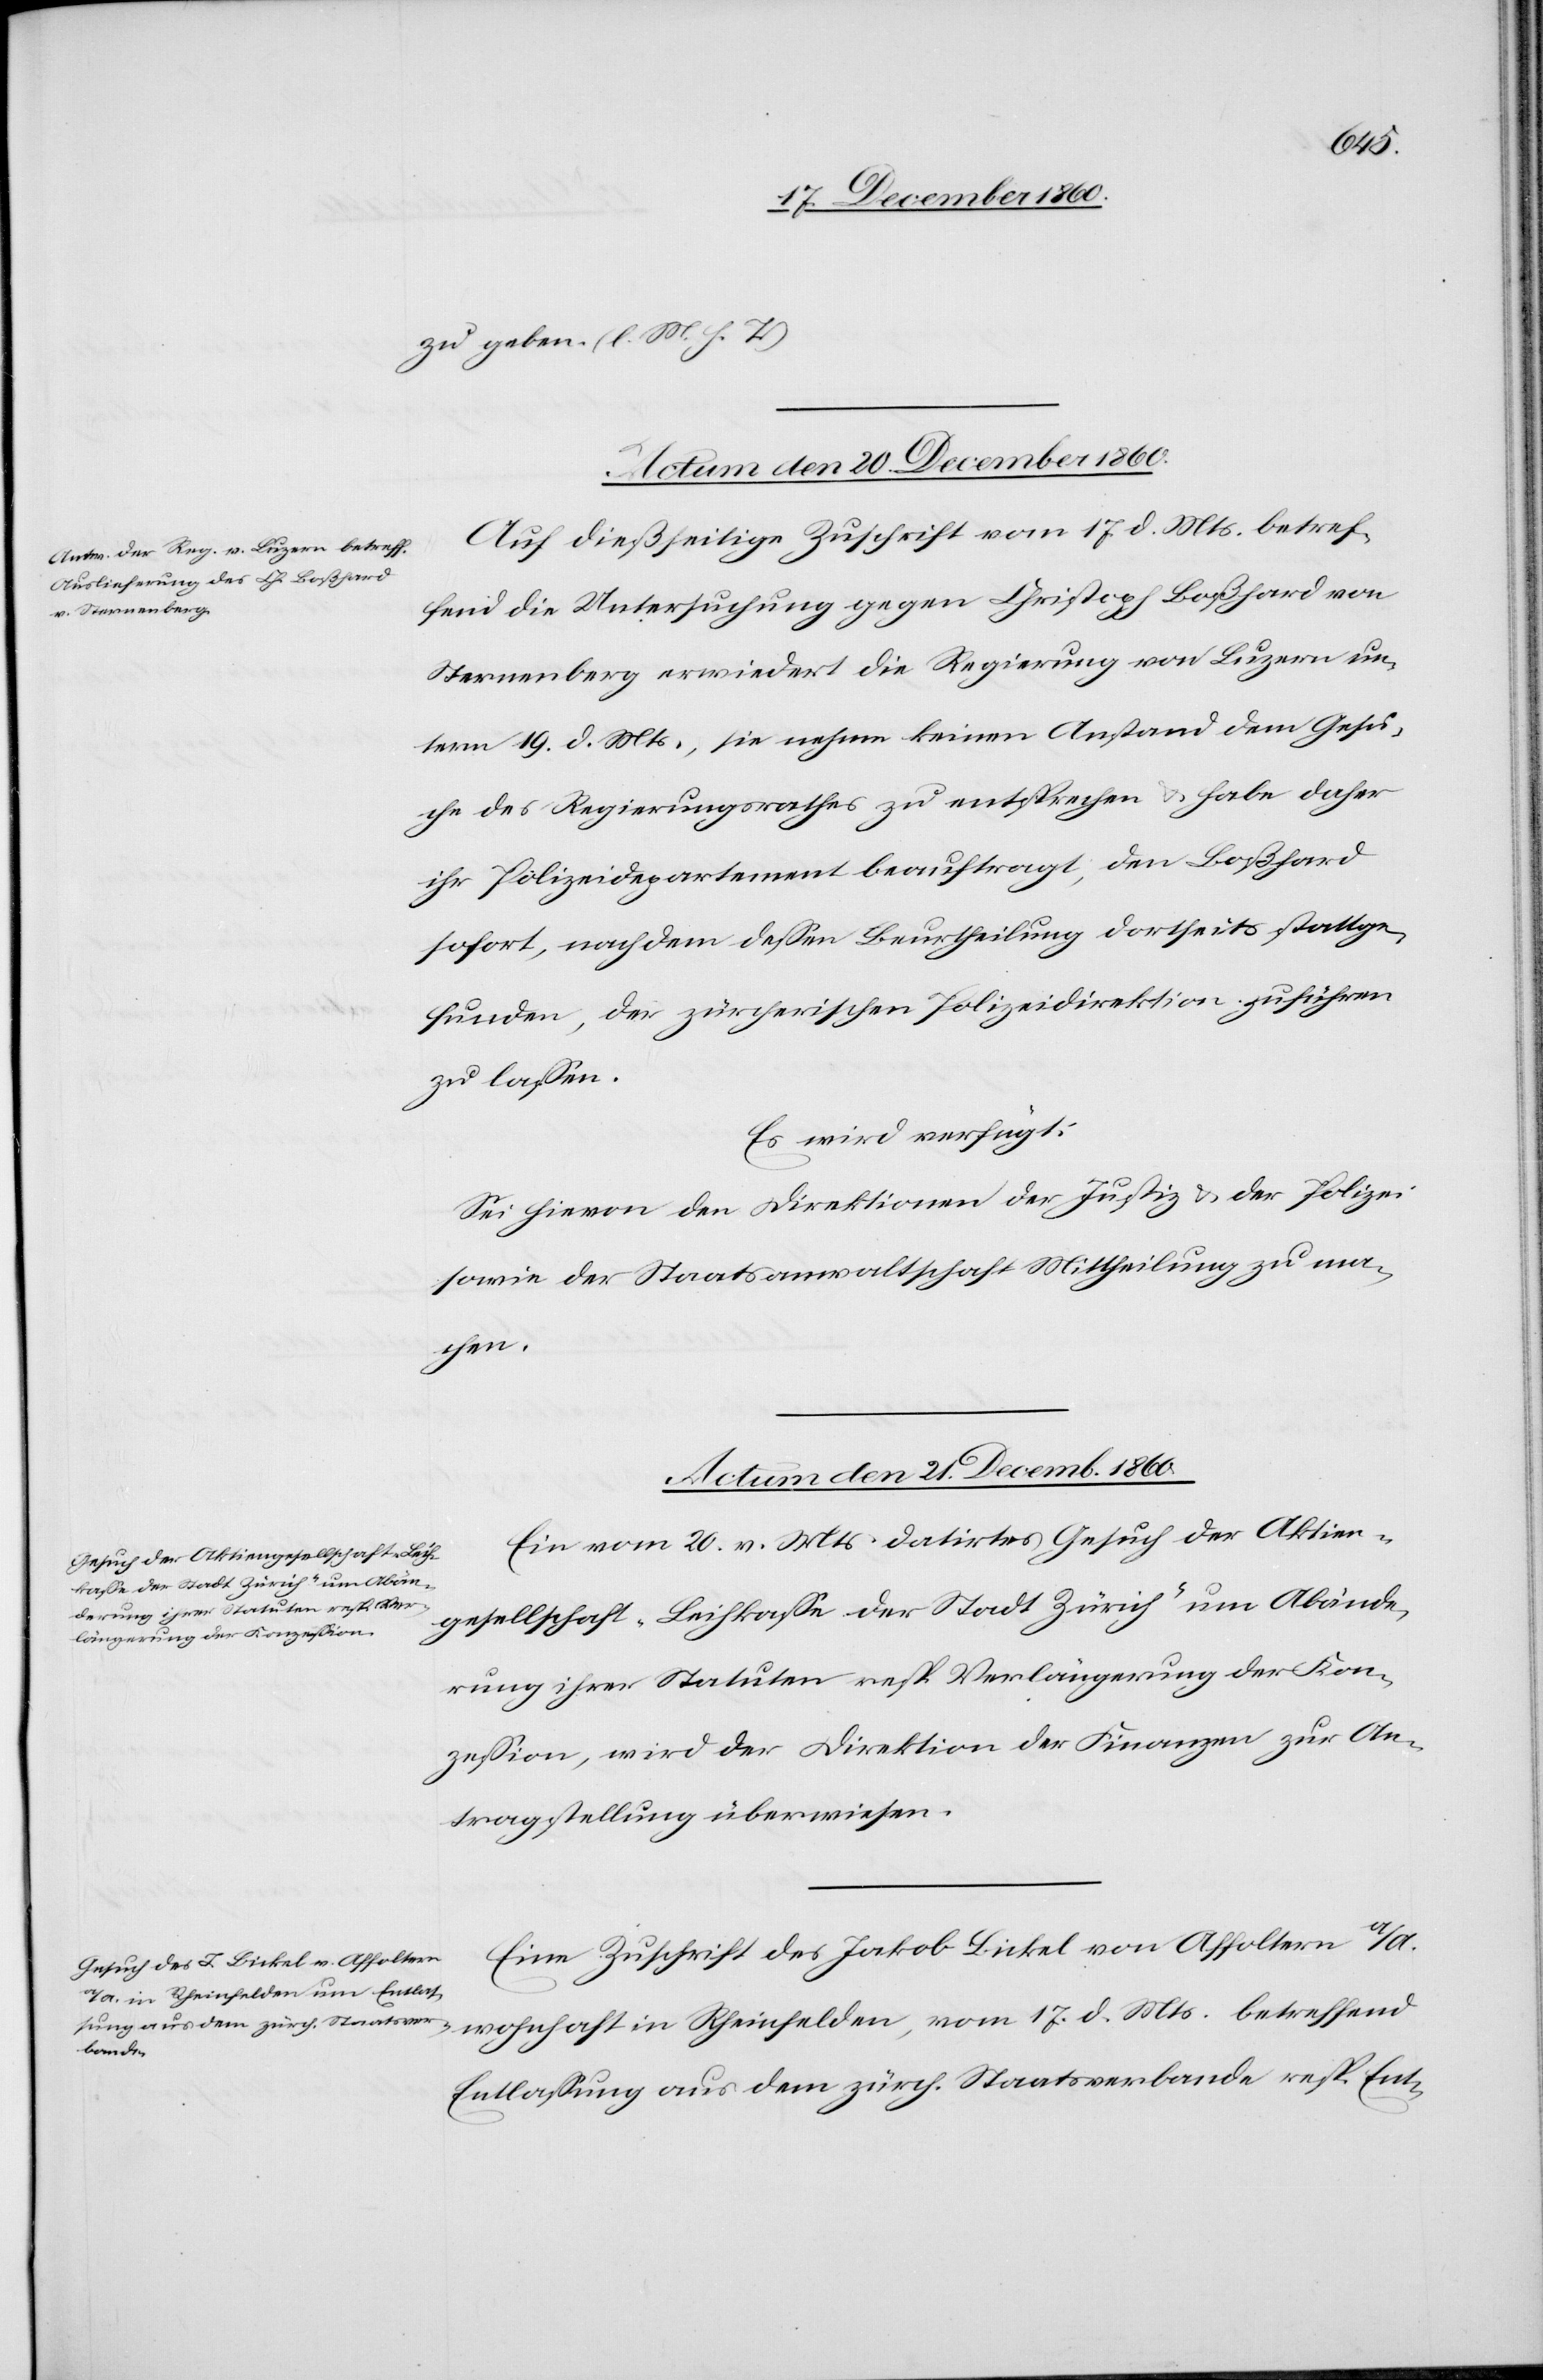
17.
zu geben. (l. M. h. T.)
Actum den 21. Decemb.
Auf dießseitige Zuschrift vom 17. d. Mts. betref¬
fend die Untersuchung gegen Christoph Boßhard von
Sternenberg erwiedert die Regierung von Luzern un¬
term 19. d. Mts., sie nehme keinen Anstand dem Gesu¬
che des Regierungsrathes zu entsprechen u. habe daher
ihr Polizeidepartement beauftragt, den Boßhard
sofort, nachdem dessen Beurtheilung dortseits stattge¬
funden, der zürcherischen Polizeidirektion zuführen
zu lassen.
Es wird verfügt:
Sei hievon den Direktionen der Justiz u. der Polizei
sowie der Staatsanwaltschaft Mittheilung zu ma¬
chen.
Ein vom 20. v. Mts. datirtes Gesuch der Aktien¬
gesellschaft „Leihkasse der Stadt Zürich“ um Abände¬
d. Mts. betreffend
rung ihrer Statuten resp. Verlängerung der Kon¬
zession, wird der Direktion der Finanzen zur An¬
tragstellung überwiesen.
Eine Zuschrift des Jakob Bickel von Affoltern a/A.
Entlassung aus dem zürch. Staatsverbande resp. Ent-